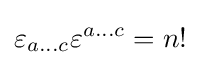
\varepsilon _{a...c}\varepsilon ^{a...c}=n!